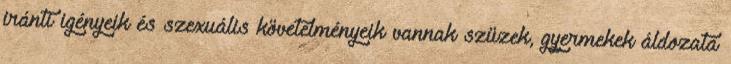
iránti igényeik és szexuális követelményeik vannak szüzek, gyermekek áldozata